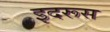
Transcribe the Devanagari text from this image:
इदरूस